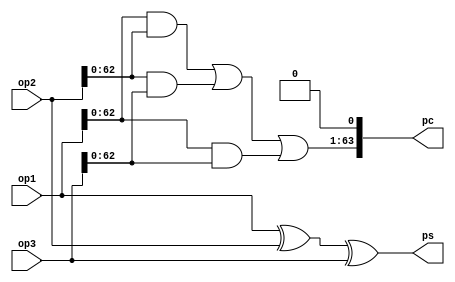
module CSA (
    input wire [63:0] op1,
    input wire [63:0] op2,
    input wire [63:0] op3,

    output wire [63:0] ps,
    output wire [63:0] pc
);
     
    assign ps =  op1 ^ op2 ^ op3;
    assign pc = ((op1 & op2) | (op2 & op3) | (op1 & op3)) << 1;

endmodule